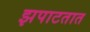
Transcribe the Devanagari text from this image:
झपाटतात